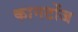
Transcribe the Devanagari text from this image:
कानटोंज